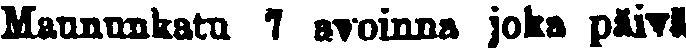
Maununkatu 7 avoinna joka päivä